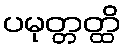
ပမုတ္တတ္ထိ